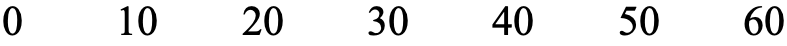
0   10  20  30  40  50   60